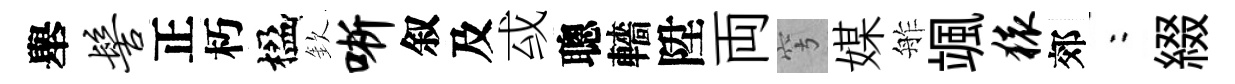
舉髻正朽楹欽晰叙及㦯聰轖陞両穹媒舴颯猿郊欸綴